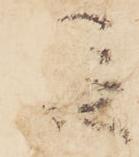
従